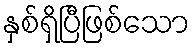
နှစ်ရှိပြီဖြစ်သော